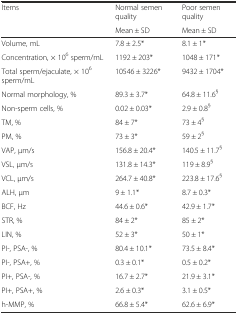
<table><thead><tr><td><b>Items</b></td><td><b>Normal semen quality</b></td><td><b>Poor semen quality</b></td></tr><tr><td></td><td><b>Mean ± SD</b></td><td><b>Mean ± SD</b></td></tr></thead><tbody><tr><td>Volume, mL</td><td>7.8 ± 2.5*</td><td>8.1 ± 1*</td></tr><tr><td>Concentration, × 10<sup>6</sup> sperm/mL</td><td>1192 ± 203*</td><td>1048 ± 171*</td></tr><tr><td>Total sperm/ejaculate, × 10<sup>6</sup> sperm/mL</td><td>10546 ± 3226*</td><td>9432 ± 1704*</td></tr><tr><td>Normal morphology, %</td><td>89.3 ± 3.7*</td><td>64.8 ± 11.6<sup>§</sup></td></tr><tr><td>Non-sperm cells, %</td><td>0.02 ± 0.03*</td><td>2.9 ± 0.8<sup>§</sup></td></tr><tr><td>TM, %</td><td>84 ± 7*</td><td>73 ± 4<sup>§</sup></td></tr><tr><td>PM, %</td><td>73 ± 3*</td><td>59 ± 2<sup>§</sup></td></tr><tr><td>VAP, μm/s</td><td>156.8 ± 20.4*</td><td>140.5 ± 11.7<sup>§</sup></td></tr><tr><td>VSL, μm/s</td><td>131.8 ± 14.3*</td><td>119 ± 8.9<sup>§</sup></td></tr><tr><td>VCL, μm/s</td><td>264.7 ± 40.8*</td><td>223.8 ± 17.6<sup>§</sup></td></tr><tr><td>ALH, μm</td><td>9 ± 1.1*</td><td>8.7 ± 0.3*</td></tr><tr><td>BCF, Hz</td><td>44.6 ± 0.6*</td><td>42.9 ± 1.7*</td></tr><tr><td>STR, %</td><td>84 ± 2*</td><td>85 ± 2*</td></tr><tr><td>LIN, %</td><td>52 ± 3*</td><td>50 ± 1*</td></tr><tr><td>PI-, PSA-, %</td><td>80.4 ± 10.1*</td><td>73.5 ± 8.4*</td></tr><tr><td>PI-, PSA+, %</td><td>0.3 ± 0.1*</td><td>0.5 ± 0.2*</td></tr><tr><td>PI+, PSA-, %</td><td>16.7 ± 2.7*</td><td>21.9 ± 3.1*</td></tr><tr><td>PI+, PSA+, %</td><td>2.6 ± 0.3*</td><td>3.1 ± 0.5*</td></tr><tr><td>h-MMP, %</td><td>66.8 ± 5.4*</td><td>62.6 ± 6.9*</td></tr></tbody></table>